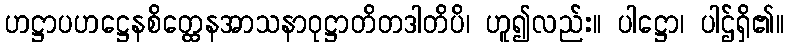
ဟဋ္ဌာပဟဋ္ဌေနစိတ္ထေနအာသနာဝုဋ္ဌာတိတဒါတိပိ၊ ဟူ၍လည်း။ ပါဋ္ဌော၊ ပါဌ်ရှိ၏။